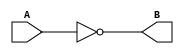
module not_gate(A, B);
input A;
output B; 
not a1(B, A);
endmodule

module test; 
reg A; 
wire B; 
not_gate i(A, B);
initial 
begin 
    A = 1'b0;
    $monitor("Time: %0t , A= %b , B = %b" , $time , A , B);
    #5 A= 1'b0; 
    #5 A = 1'b1; 
end
endmodule